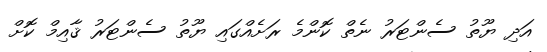
އަދި ޔޫތު ސެންޓަރު ނެތް ކޮންމެ ރަށެއްގައި ޔޫތު ސެންޓަރު ޤާއިމް ކޮށް